画像に写った文字を読んでください
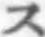
「ス」と書いてあります